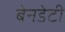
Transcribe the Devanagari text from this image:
बेनडेटी